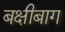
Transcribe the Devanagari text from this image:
बक्षीबाग